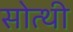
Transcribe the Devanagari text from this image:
सोत्थी